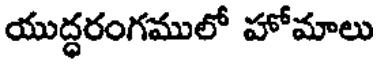
యుద్ధరంగములో హోమాలు